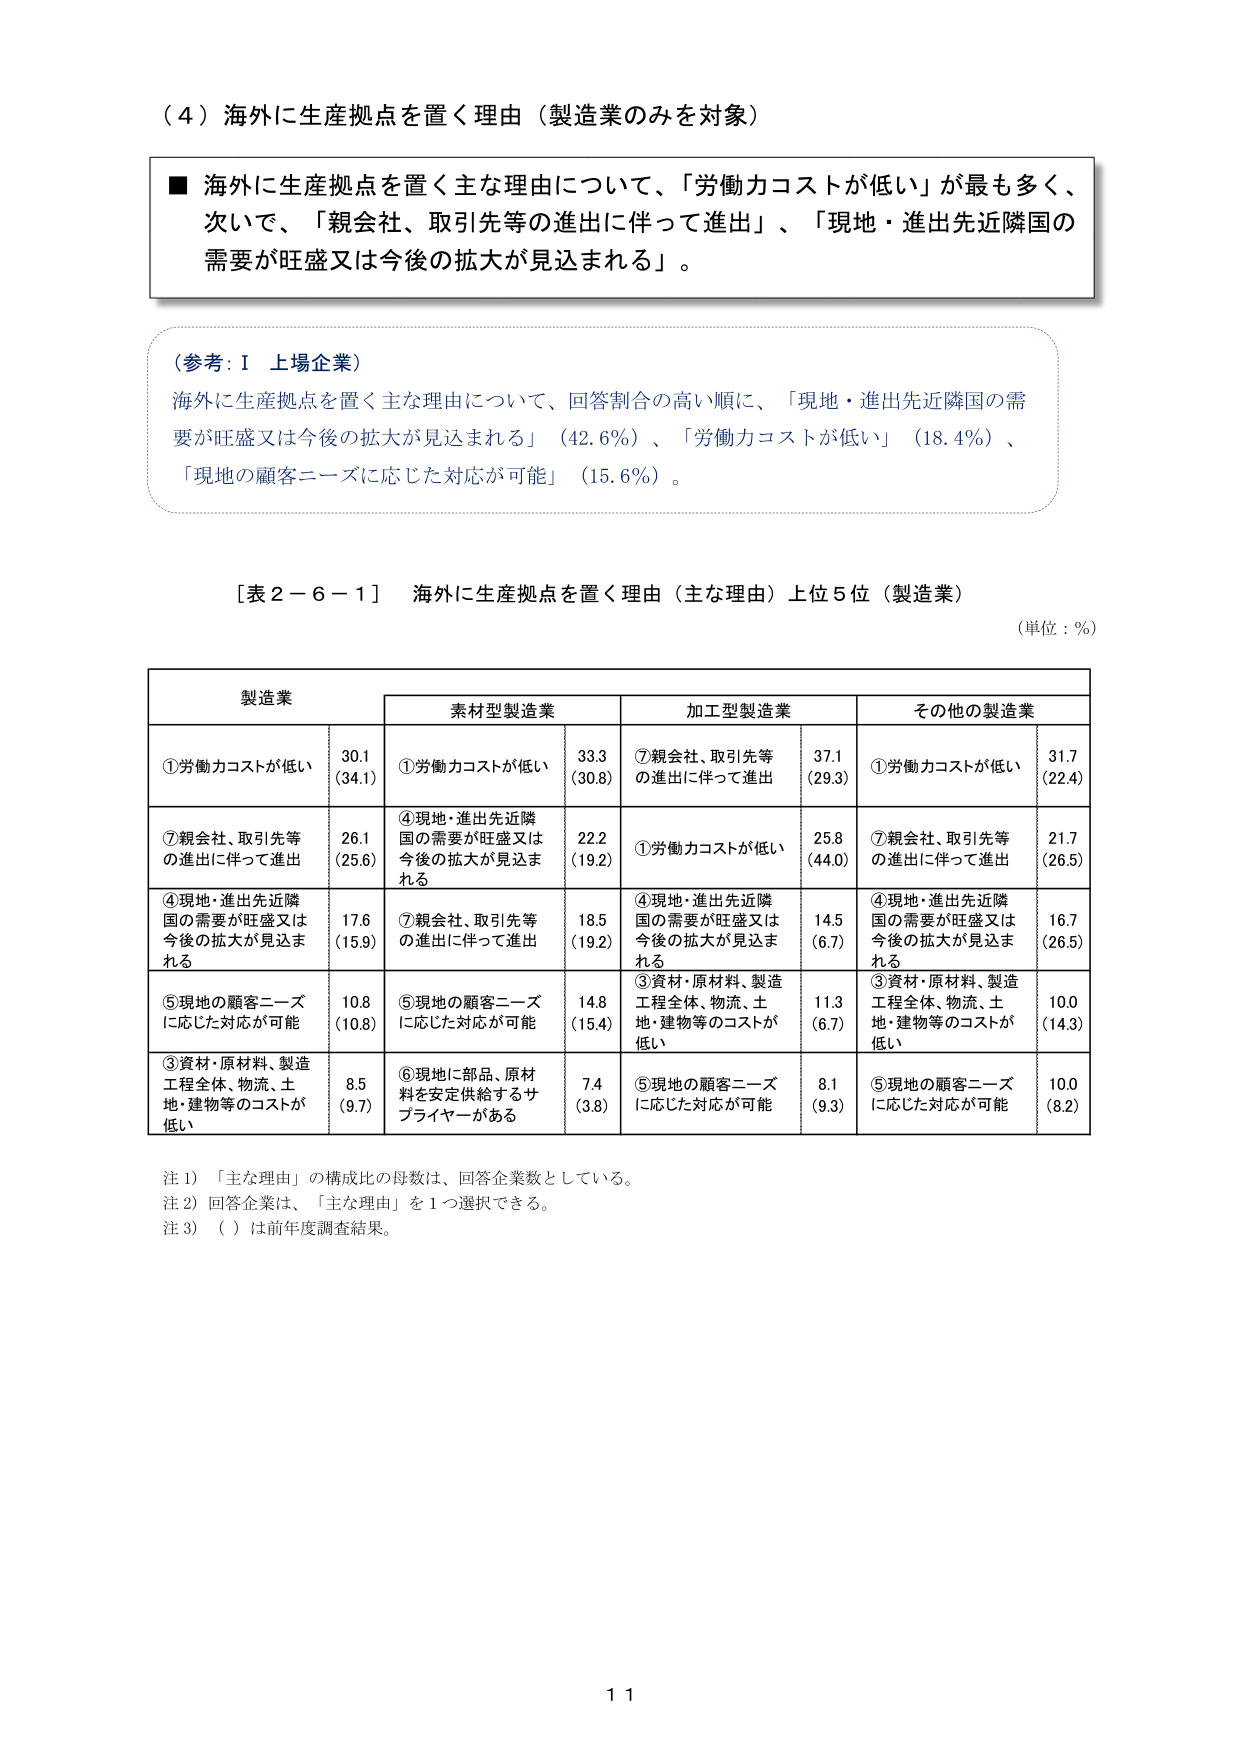
（４）海外に生産拠点を置く理由（製造業のみを対象）

■ 海外に生産拠点を置く主な理由について、「労働力コストが低い」が最も多く、次いで、「親会社、取引先等の進出に伴って進出」、「現地・進出先近隣国の需要が旺盛又は今後の拡大が見込まれる」。

（参考：Ⅰ 上場企業）
海外に生産拠点を置く主な理由について、回答割合の高い順に、「現地・進出先近隣国の需要が旺盛又は今後の拡大が見込まれる」（42.6％）、「労働力コストが低い」（18.4％）、「現地の顧客ニーズに応じた対応が可能」（15.6％）。

［表２－６－１］ 海外に生産拠点を置く理由（主な理由）上位５位（製造業）
（単位：％）

製造業
素形型製造業
加工型製造業
その他の製造業

①労働力コストが低い
30.1
（34.1）
①労働力コストが低い
33.3
（30.8）
⑦親会社、取引先等の進出に伴って進出
37.1
（29.3）
①労働力コストが低い
31.7
（22.4）

⑦親会社、取引先等の進出に伴って進出
26.1
（25.6）
④現地・進出先近隣国の需要が旺盛又は今後の拡大が見込まれる
22.2
（19.2）
①労働力コストが低い
25.8
（44.0）
⑦親会社、取引先等の進出に伴って進出
21.7
（26.5）

④現地・進出先近隣国の需要が旺盛又は今後の拡大が見込まれる
17.6
（15.9）
⑦親会社、取引先等の進出に伴って進出
18.5
（19.2）
④現地・進出先近隣国の需要が旺盛又は今後の拡大が見込まれる
14.5
（6.7）
④現地・進出先近隣国の需要が旺盛又は今後の拡大が見込まれる
16.7
（26.5）

⑤現地の顧客ニーズに応じた対応が可能
10.8
（10.8）
⑤現地の顧客ニーズに応じた対応が可能
14.8
（15.4）
③資材・原材料、製造工程全体、物流、土地・建物等のコストが低い
11.3
（6.7）
③資材・原材料、製造工程全体、物流、土地・建物等のコストが低い
10.0
（14.3）

③資材・原材料、製造工程全体、物流、土地・建物等のコストが低い
8.5
（9.7）
⑥現地に部品、原材料を安定供給するサプライヤーがある
7.4
（3.8）
⑤現地の顧客ニーズに応じた対応が可能
8.1
（9.3）
⑤現地の顧客ニーズに応じた対応が可能
10.0
（8.2）

注１）「主な理由」の構成比の母数は、回答企業数としている。
注２）回答企業は、「主な理由」を１つ選択できる。
注３）（　）は前年度調査結果。

11